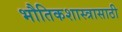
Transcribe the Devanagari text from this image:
भौतिकशास्त्रासाठी